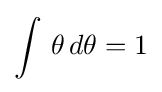
\int \,\theta \,d\theta =1